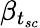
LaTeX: \beta_{t_{sc}}